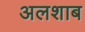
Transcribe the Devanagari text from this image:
अलशाब